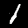
Digit: 1